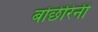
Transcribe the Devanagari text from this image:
बोछेरिनी